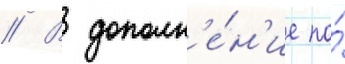
// В дополн'е́н'ие по́